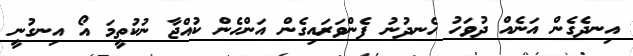
އިނދެގެން އަނެއް ދުވަހު ހެނދުނު ފެންވަރައިގެން އަންހެން ކުއްޖާ ނުކުތީމަ އޯ އިނގުނީ